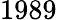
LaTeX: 1989